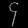
Digit: ၄